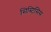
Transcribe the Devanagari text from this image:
सिस्टिसिस